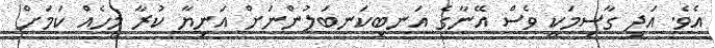
އެވެ. އަދި ގާސިމަކީ ވެސް އޭނާގެ އަނބިކަނބަލުންނަށް އަނިޔާ ކުރާ މީހެއް ކަމަށް